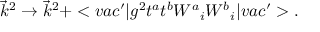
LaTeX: \vec { k } ^ { 2 } \rightarrow \vec { k } ^ { 2 } + < v a c ^ { \prime } | g ^ { 2 } t ^ { a } t ^ { b } { W ^ { a } } _ { i } { W ^ { b } } _ { i } | v a c ^ { \prime } > .